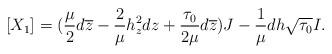
LaTeX: \begin{align*}[X_1]=(\frac{\mu}{2}d\overline{z}-\frac{2}{\mu}h_z^2dz+\frac{\tau_0}{2\mu}d\overline{z})J-\frac{1}{\mu}dh\sqrt{\tau_0}I.\end{align*}